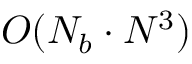
O ( N _ { b } \cdot N ^ { 3 } )